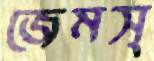
জেমস্